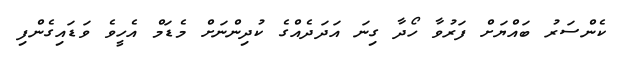
ކެންސަރު ބައްޔަށް ފަރުވާ ހޯދާ ގިނަ އަދަދެއްގެ ކުދިންނަށް މެޑަމް އެހީވެ ވަޑައިގެންފި